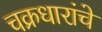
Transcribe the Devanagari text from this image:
चक्रधारांचे